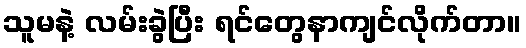
သူမနဲ့ လမ်းခွဲပြီး ရင်တွေနာကျင်လိုက်တာ။